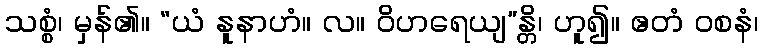
သစ္စံ၊ မှန်၏။ “ယံ နူနာဟံ။ လ။ ဝိဟရေယျ”န္တိ၊ ဟူ၍။ ဧတံ ဝစနံ၊